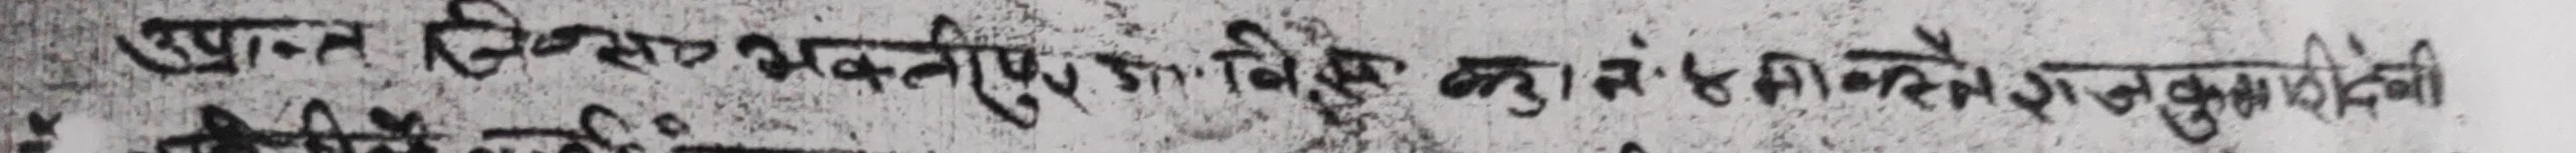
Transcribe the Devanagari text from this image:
खान हि.स. भवानीपुर, बा.नं. ५ का कमला राईको छोरी